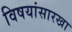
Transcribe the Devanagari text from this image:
विषयांसारखा